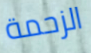
الزحمة